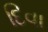
દિવા